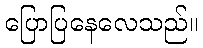
ပြောပြနေလေသည်။